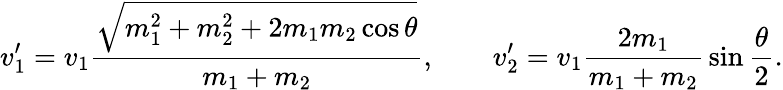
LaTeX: v_{1}^{\prime}=v_{1}{\frac{\sqrt{m_{1}^{2}+m_{2}^{2}+2m_{1}m_{2}\cos\theta}}{m_{1}+m_{2}}},\qquad v_{2}^{\prime}=v_{1}{\frac{2m_{1}}{m_{1}+m_{2}}}\sin{\frac{\theta}{2}}.